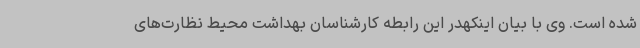
شده است. وی با بیان اینکهدر این رابطه کارشناسان بهداشت محیط نظارت‌های